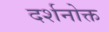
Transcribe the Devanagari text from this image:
दर्शनोक्त